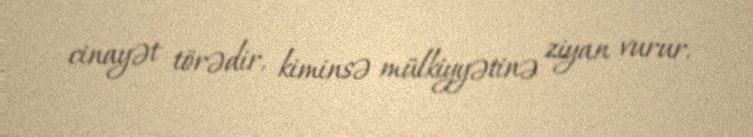
cinayət törədir, kiminsə mülkiyyətinə ziyan vurur.